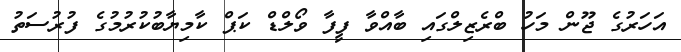
އަހަރުގެ ޖޫން މަހު ބްރެޒިލްގައި ބާއްވާ ފީފާ ވޯލްޑް ކަޕް ކާމިޔާބުކުރުމުގެ ފުރުސަތު